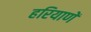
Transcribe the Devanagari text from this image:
हरियाणें